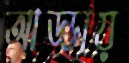
আড্ডায়